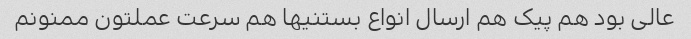
عالی بود هم پیک هم ارسال انواع بستنیها هم سرعت عملتون ممنونم